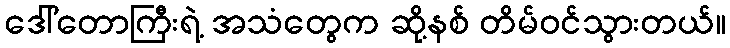
ဒေါ်တောကြီးရဲ့ အသံတွေက ဆို့နစ် တိမ်ဝင်သွားတယ်။